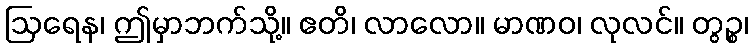
ဩရေန၊ ဤမှာဘက်သို့။ ဧတိ၊ လာလော။ မာဏဝ၊ လုလင်။ တွဉ္စ၊